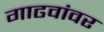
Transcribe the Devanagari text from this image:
गाढवांवर